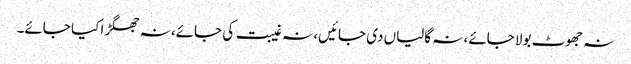
نہ جھوٹ بولا جائے، نہ گالیاں دی جائیں، نہ غیبت کی جائے، نہ جھگڑا کیا جائے۔